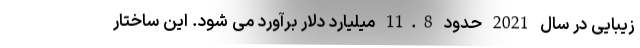
زیبایی در سال 2021 حدود 11.8 میلیارد دلار برآورد می شود. این ساختار